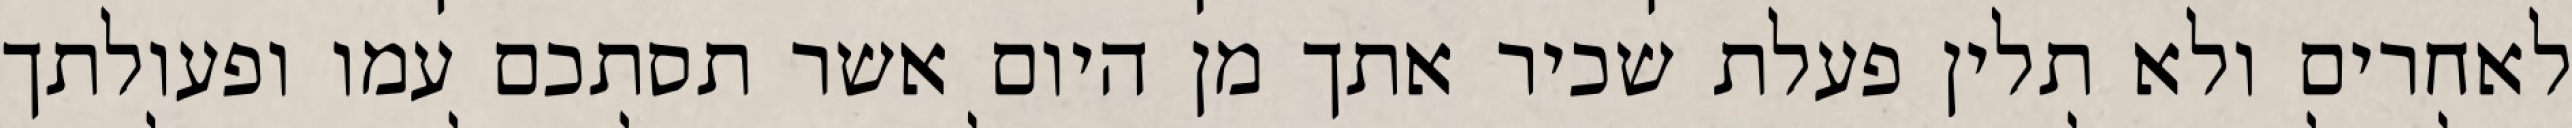
לאחרים ולא תלין פעלת שכיר אתך מן היום אשר תסתכם עמו ופעולתך